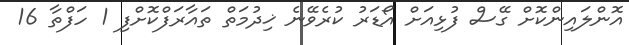
އޮންލައިންކޮށް ގޭސް ފުޅިއަށް އޯޑަރު ކުރެވޭނެ ޚިދުމަތް ތައާރަފްކޮށްފި 1 ހަފްތާ 16